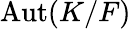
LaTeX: \operatorname{Aut}(K/F)